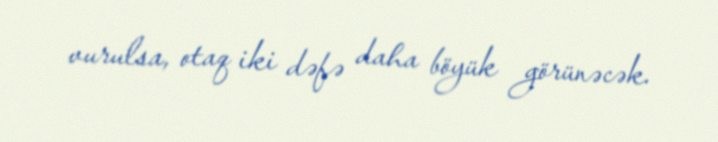
vurulsa, otaq iki dəfə daha böyük görünəcək.